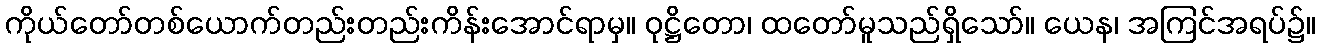
ကိုယ်တော်တစ်ယောက်တည်းတည်းကိန်းအောင်ရာမှ။ ဝုဋ္ဌိတော၊ ထတော်မူသည်ရှိသော်။ ယေန၊ အကြင်အရပ်၌။